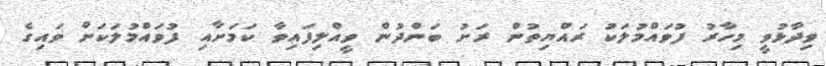
ވިދާޅުވީ މިހާރު ފުވައްމުލަކު ރައްޔިތުން ރަށު ބަންދުން ވީއްލިފައިވާ ކަމަށާއި ފުވައްމުލަކަށް ވައިގެ